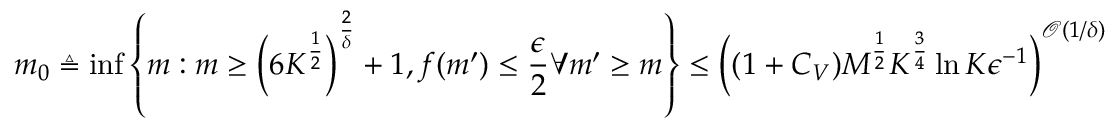
m _ { 0 } \triangleq \operatorname* { i n f } \left\{ m : m \ge \left( 6 K ^ { \frac 1 2 } \right) ^ { \frac 2 \delta } + 1 , f ( m ^ { \prime } ) \le \frac \epsilon 2 \space \forall m ^ { \prime } \ge m \right\} \le \left( ( 1 + C _ { V } ) M ^ { \frac 1 2 } K ^ { \frac 3 4 } \ln K \epsilon ^ { - 1 } \right) ^ { \operatorname { \mathcal O } ( 1 / \delta ) }